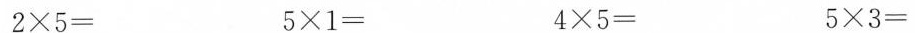
$$2 \times 5 =$$ $$5 \times 1 =$$ $$4 \times 5 = $$ $$5 \times 3 =$$